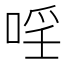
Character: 𱓈